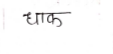
मजकूर: धाक